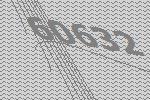
60632